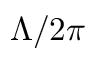
\Lambda / 2 \pi